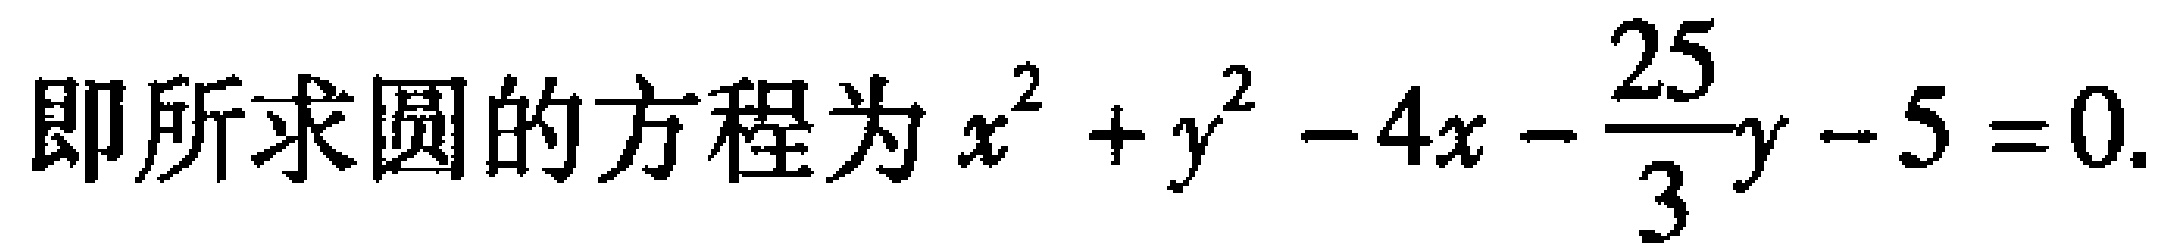
即所求圆的方程为\(x^{2} + y^{2} - 4x - \frac{25}{3}y - 5 = 0\).